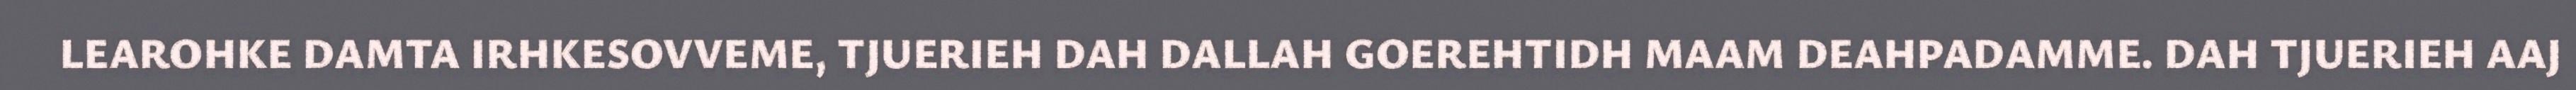
LEAROHKE DAMTA IRHKESOVVEME, TJUERIEH DAH DALLAH GOEREHTIDH MAAM DEAHPADAMME. DAH TJUERIEH AAJ